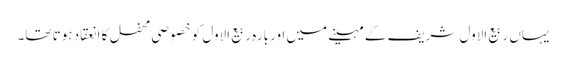
یہاں ربیع الاول شریف کے مہینے میں اور بارہ ربیع الاول کو خصوصی محفل کا انعقاد ہوتا تھا۔